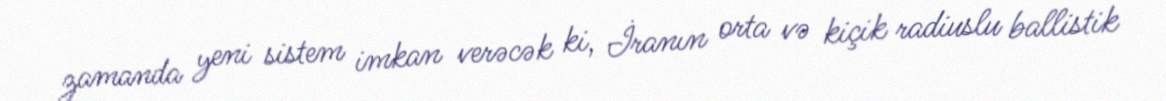
zamanda yeni sistem imkan verəcək ki, İranın orta və kiçik radiuslu ballistik